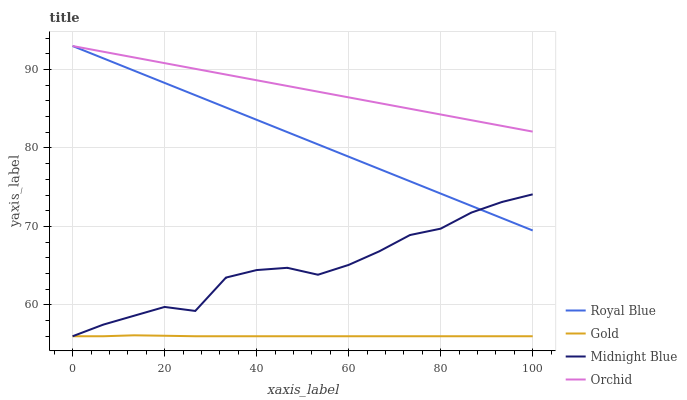
| xaxis_label | Royal Blue | Gold | Midnight Blue | Orchid |
 | --- | --- | --- | --- | --- |
 | 0 | 93 | 56 | 56 | 93 |
 | 6.67 | 91.4 | 56 | 57.5 | 92.3 |
 | 13.3 | 89.9 | 56.1 | 58.6 | 91.5 |
 | 20 | 88.3 | 56.1 | 59.7 | 90.8 |
 | 26.7 | 86.7 | 56 | 59.2 | 90.1 |
 | 33.3 | 85.2 | 56 | 63.5 | 89.4 |
 | 40 | 83.6 | 56 | 64.4 | 88.6 |
 | 46.7 | 82 | 56 | 64.7 | 87.9 |
 | 53.3 | 80.5 | 56 | 63.8 | 87.2 |
 | 60 | 78.9 | 56 | 65.1 | 86.5 |
 | 66.7 | 77.3 | 56 | 66.8 | 85.7 |
 | 73.3 | 75.8 | 56 | 68.9 | 85 |
 | 80 | 74.2 | 56 | 69.7 | 84.3 |
 | 86.7 | 72.6 | 56 | 71.8 | 83.5 |
 | 93.3 | 71.1 | 56 | 73.1 | 82.8 |
 | 100 | 69.5 | 56 | 74.1 | 82.1 |